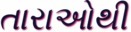
તારાઓથી